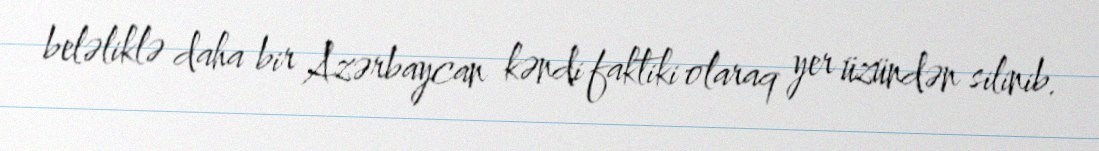
beləliklə daha bir Azərbaycan kəndi faktiki olaraq yer üzündən silinib.